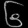
Digit: ၆